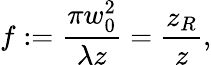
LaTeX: f:=\frac{\pi w_{0}^{2}}{\lambda z}=\frac{z_{R}}{z},